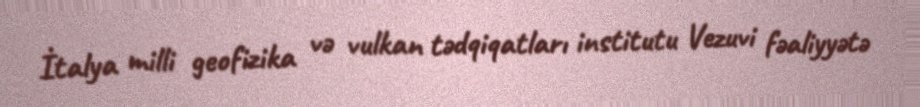
İtalya milli geofizika və vulkan tədqiqatları institutu Vezuvi fəaliyyətə